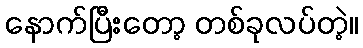
နောက်ပြီးတော့ တစ်ခုလပ်တဲ့။